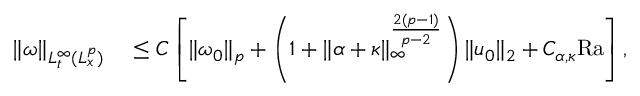
\begin{array} { r l } { \| \omega \| _ { L _ { t } ^ { \infty } ( L _ { x } ^ { p } ) } } & { { } \leq C \left[ \| \omega _ { 0 } \| _ { p } + \left( 1 + \| \alpha + \kappa \| _ { \infty } ^ { \frac { 2 ( p - 1 ) } { p - 2 } } \right) \| u _ { 0 } \| _ { 2 } + C _ { \alpha , \kappa } \mathrm { { R a } } \right] , } \end{array}